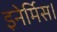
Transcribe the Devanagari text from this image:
इनेर्मिस।